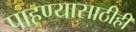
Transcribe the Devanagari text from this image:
पाहण्यासाठीही